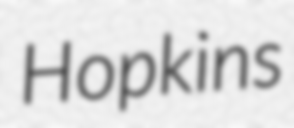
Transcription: Hopkins